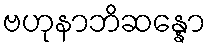
ဗဟုနာဘိဆန္နော